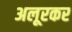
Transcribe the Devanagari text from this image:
अलूरकर